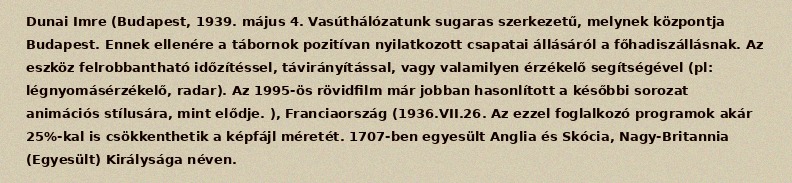
Dunai Imre (Budapest, 1939. május 4. Vasúthálózatunk sugaras szerkezetű, melynek központja Budapest. Ennek ellenére a tábornok pozitívan nyilatkozott csapatai állásáról a főhadiszállásnak. Az eszköz felrobbantható időzítéssel, távirányítással, vagy valamilyen érzékelő segítségével (pl: légnyomásérzékelő, radar). Az 1995-ös rövidfilm már jobban hasonlított a későbbi sorozat animációs stílusára, mint elődje. ), Franciaország (1936.VII.26. Az ezzel foglalkozó programok akár 25%-kal is csökkenthetik a képfájl méretét. 1707-ben egyesült Anglia és Skócia, Nagy-Britannia (Egyesült) Királysága néven.